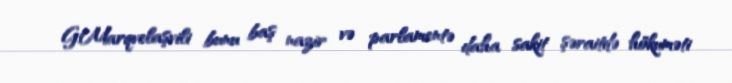
G.Marqvelaşvili bunu baş nazir və parlamentə daha sakit şəraitdə hökuməti